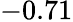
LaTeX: -0.71